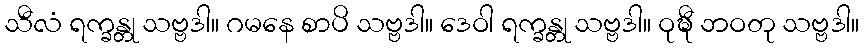
သီလံ ရက္ခန္တု သဗ္ဗဒါ။ ဂမနေ စာပိ သဗ္ဗဒါ။ ဒေဝါ ရက္ခန္တု သဗ္ဗဒါ။ ဝုဍ္ဎီ ဘဝတု သဗ္ဗဒါ။